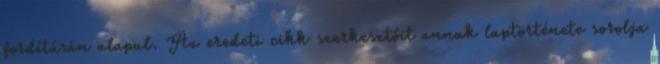
fordításán alapul. Az eredeti cikk szerkesztőit annak laptörténete sorolja